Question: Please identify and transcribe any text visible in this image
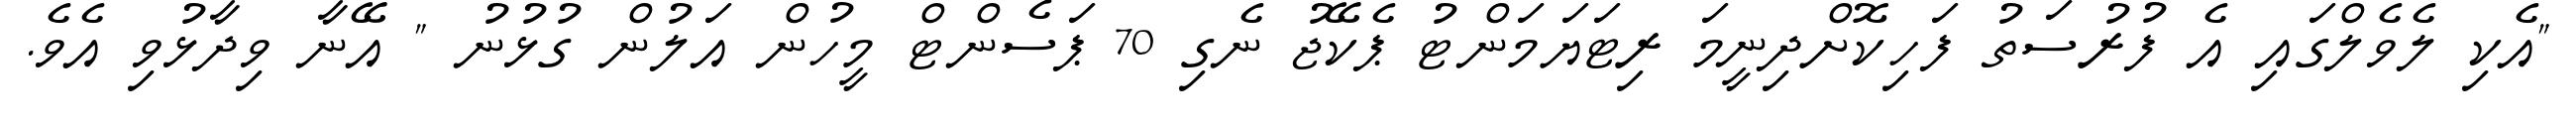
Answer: "އެކި ލެވެލްގައި އެ ފުރުސަތު ފަހިކޮށްދިނީމަ ރިޓަޔަމަންޓު ޕެކޭޖު ނެގި 70 ޕަސެންޓް މީހުން އަލުން ގުޅުނު " އޭނާ ވިދާޅުވި އެވެ.